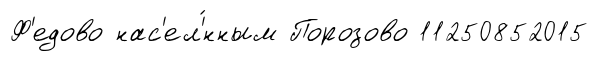
Ф'едово нас'ел'́нным Порозово 11250852015